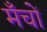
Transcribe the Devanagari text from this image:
मँचों